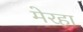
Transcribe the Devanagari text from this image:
मेरहा